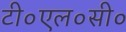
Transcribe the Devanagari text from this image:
टी०एल०सी०